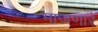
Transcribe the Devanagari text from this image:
माजणारे